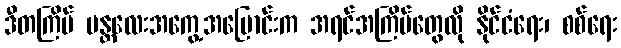
ဒီတကြိမ် မန္တလေးအကွေ့အပြောင်းက အရင်အကြိမ်တွေလို နိုင်ငံရေး၊ စစ်ရေး